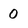
Character: 0